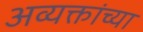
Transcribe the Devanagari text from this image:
अव्यक्तांच्या